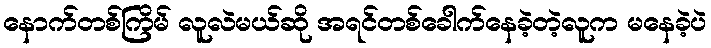
နောက်တစ်ကြိမ် လူလဲမယ်ဆို အရင်တစ်ခေါက်နေခဲ့တဲ့လူက မနေခဲ့ပဲ